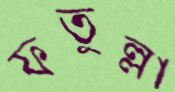
ফতুল্লা